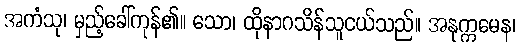
အကံသု၊ မှည့်ခေါ်ကုန်၏။ သော၊ ထိုနာဂသိန်သူငယ်သည်။ အနုက္ကမေန၊